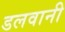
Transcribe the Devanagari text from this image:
डलवानी